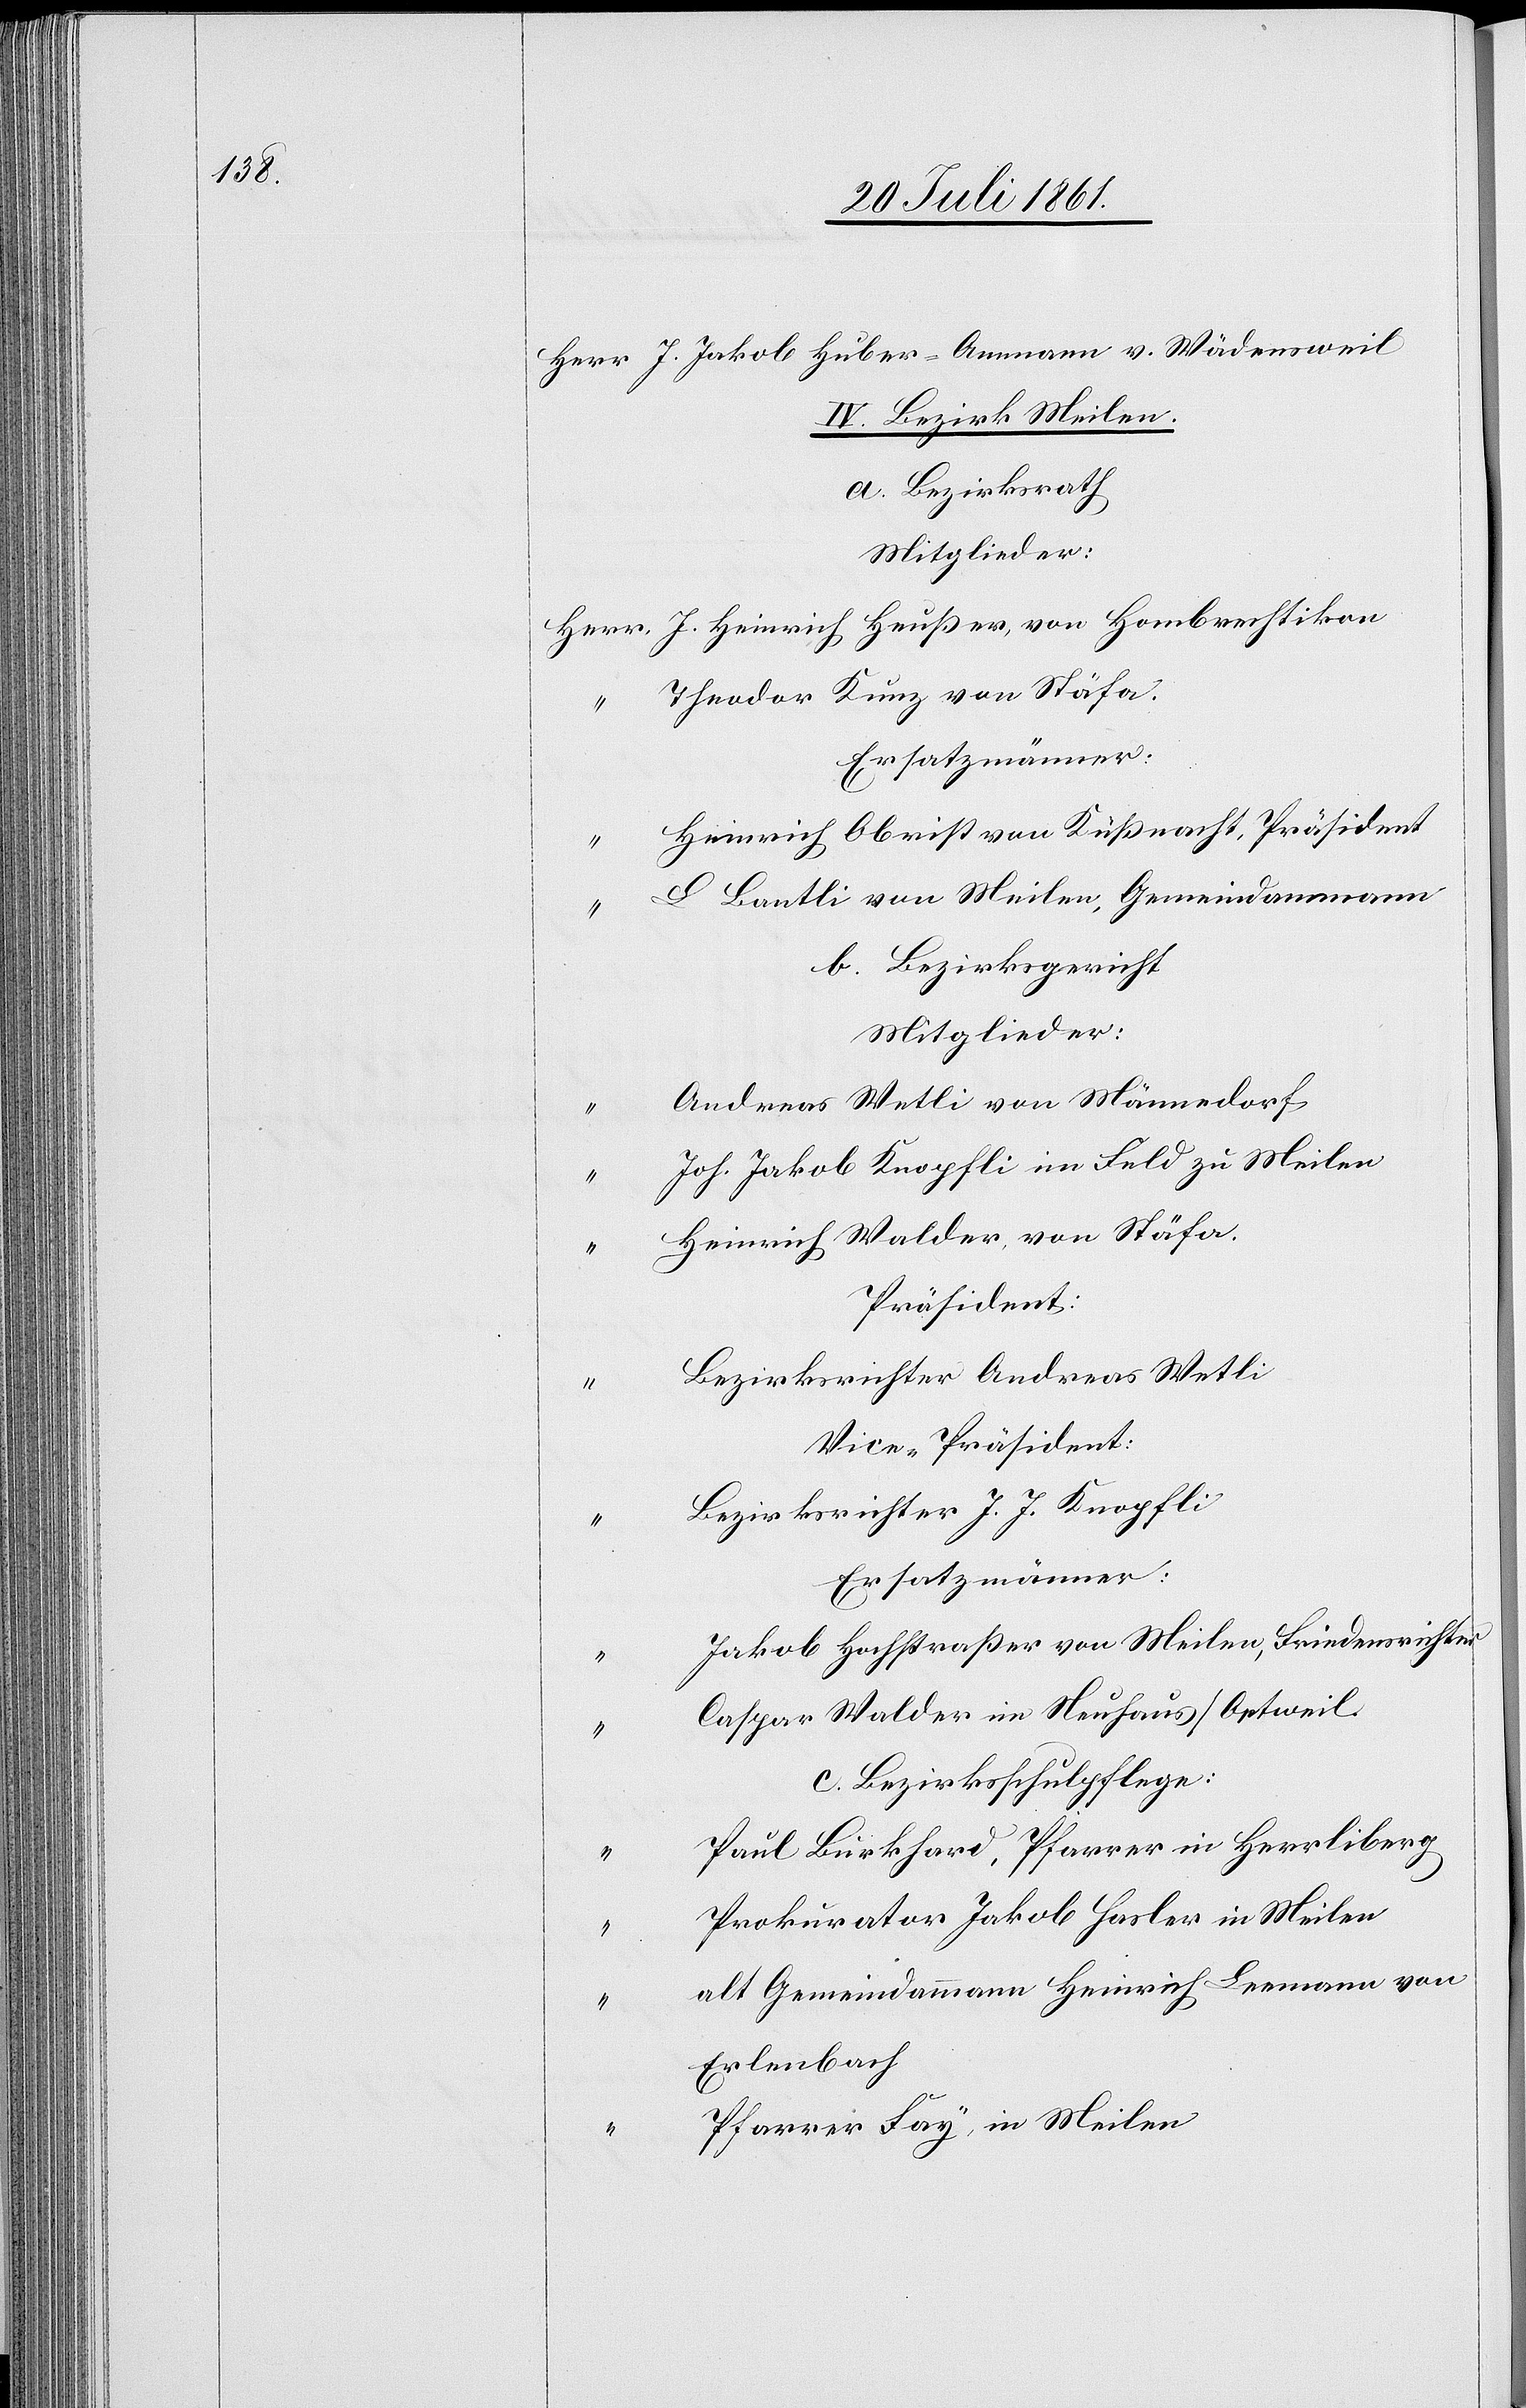
Herr J. Jakob Huber-Ammann v. Wädensweil
IV. Bezirk Meilen.
a. Bezirksrath
Mitglieder:
Herr J. Heinrich Heußer, von Hombrechtikon
Theodor Kunz von Stäfa.
Ersatzmänner:
Heinrich Oberist von Küßnacht, Präsident
L. Bantli von Meilen, Gemeindammann
b. Bezirksgericht
Mitglieder:
Andreas Wetli von Männedorf,
Joh. Jakob Knopfli im Feld zu Meilen
Heinrich Walder von Stäfa.
Präsident:
Bezirksrichter Andreas Wetli
Vice-Präsident:
Bezirksrichter J. J. Knopfli
Jakob Hochstraßer von Meilen, Friedensrichter
Caspar Walder in Neuhaus/Oetweil
c. Bezirksschulpflege:
Paul Burkhard, Pfarrer in Herrliberg
Prokurator Jakob Hasler in Meilen
alt Gemeindammann Heinrich Leemann von
Erlenbach
Pfarrer Fay, in Meilen